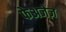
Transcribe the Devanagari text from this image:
फेअजेज़